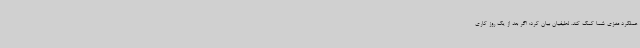
عملکرد مغزی شما کمک کند. لطیفیان بیان کرد: اگر بعد از یک روز کاری